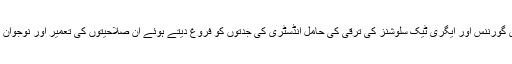
انہوں نے کہا کہ ایپ فیکٹری کے ذریعے ایل ایم کے ٹی سپارک کا مقصد ای گورننس اور ایگری ٹیک سلوشنز کی ترقی کی حامل انڈسٹری کی جدتوں کو فروغ دیتے ہوئے ان صلاحیتوں کی تعمیر اور نوجوان کے روزگار کو بہتر بناتے ہوئے پاکستان کی ڈیجیٹل تبدیلی کو تیز کرنا ہے۔